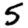
Digit: 5